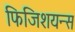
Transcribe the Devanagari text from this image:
फिजिशयन्स